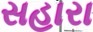
સહારા